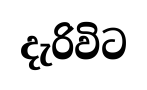
දැරිවිට